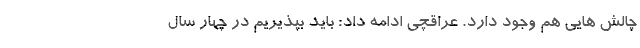
چالش هایی هم وجود دارد. عراقچی ادامه داد: باید بپذیریم در چهار سال